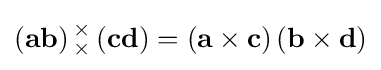
\left(\mathbf {ab} \right){}_{\times }^{\times }\left(\mathbf {cd} \right)=\left(\mathbf {a} \times \mathbf {c} \right)\left(\mathbf {b} \times \mathbf {d} \right)